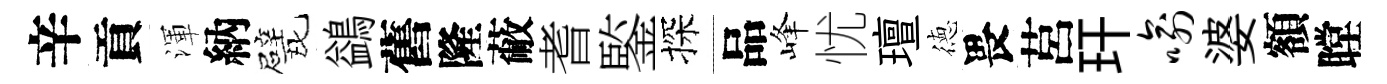
辛貢渾納戏鷁舊隆蔽耆鍳探品峰忧璮徳畏莒玕喻婆額瞠